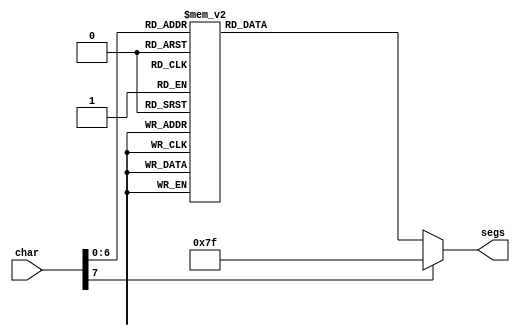
/*
   This file was generated automatically by the Mojo IDE version B1.3.6.
   Do not edit this file directly. Instead edit the original Lucid source.
   This is a temporary file and any changes made to it will be destroyed.
*/

module seven_seg_lut_23 (
    input [7:0] char,
    output reg [7:0] segs
  );
  
  
  
  always @* begin
    
    case (char)
      6'h30: begin
        segs = 8'h3f;
      end
      6'h31: begin
        segs = 8'h06;
      end
      6'h32: begin
        segs = 8'h5b;
      end
      6'h33: begin
        segs = 8'h4f;
      end
      6'h34: begin
        segs = 8'h66;
      end
      6'h35: begin
        segs = 8'h6d;
      end
      6'h36: begin
        segs = 8'h7d;
      end
      6'h37: begin
        segs = 8'h07;
      end
      6'h38: begin
        segs = 8'h7f;
      end
      6'h39: begin
        segs = 8'h67;
      end
      7'h61: begin
        segs = 8'hdc;
      end
      7'h41: begin
        segs = 8'h77;
      end
      7'h62: begin
        segs = 8'h7c;
      end
      7'h42: begin
        segs = 8'h7c;
      end
      7'h63: begin
        segs = 8'h58;
      end
      7'h43: begin
        segs = 8'h39;
      end
      7'h64: begin
        segs = 8'h5e;
      end
      7'h44: begin
        segs = 8'h5e;
      end
      7'h65: begin
        segs = 8'h79;
      end
      7'h45: begin
        segs = 8'h79;
      end
      7'h66: begin
        segs = 8'h71;
      end
      7'h46: begin
        segs = 8'h71;
      end
      7'h67: begin
        segs = 8'h6f;
      end
      7'h47: begin
        segs = 8'h7d;
      end
      7'h68: begin
        segs = 8'h74;
      end
      7'h48: begin
        segs = 8'h76;
      end
      7'h69: begin
        segs = 8'h10;
      end
      7'h49: begin
        segs = 8'h30;
      end
      7'h6a: begin
        segs = 8'h0c;
      end
      7'h4a: begin
        segs = 8'h0e;
      end
      7'h6b: begin
        segs = 8'h78;
      end
      7'h4b: begin
        segs = 8'h78;
      end
      7'h6c: begin
        segs = 8'h18;
      end
      7'h4c: begin
        segs = 8'h38;
      end
      7'h6e: begin
        segs = 8'h54;
      end
      7'h4e: begin
        segs = 8'h37;
      end
      7'h6f: begin
        segs = 8'h5c;
      end
      7'h4f: begin
        segs = 8'h3f;
      end
      7'h70: begin
        segs = 8'h73;
      end
      7'h50: begin
        segs = 8'h73;
      end
      7'h71: begin
        segs = 8'he7;
      end
      7'h51: begin
        segs = 8'hbf;
      end
      7'h72: begin
        segs = 8'h50;
      end
      7'h52: begin
        segs = 8'h33;
      end
      7'h73: begin
        segs = 8'h6d;
      end
      7'h53: begin
        segs = 8'h6d;
      end
      7'h74: begin
        segs = 8'h70;
      end
      7'h54: begin
        segs = 8'h31;
      end
      7'h75: begin
        segs = 8'h9c;
      end
      7'h55: begin
        segs = 8'hbe;
      end
      7'h56: begin
        segs = 8'h1c;
      end
      7'h56: begin
        segs = 8'h3e;
      end
      7'h78: begin
        segs = 8'h76;
      end
      7'h58: begin
        segs = 8'h76;
      end
      7'h79: begin
        segs = 8'h6e;
      end
      7'h59: begin
        segs = 8'h6e;
      end
      7'h7a: begin
        segs = 8'h5b;
      end
      7'h5a: begin
        segs = 8'h5b;
      end
      6'h20: begin
        segs = 8'h00;
      end
      6'h2d: begin
        segs = 8'h40;
      end
      7'h5f: begin
        segs = 8'h08;
      end
      6'h2e: begin
        segs = 8'h80;
      end
      default: begin
        segs = 8'h7f;
      end
    endcase
  end
endmodule